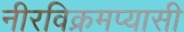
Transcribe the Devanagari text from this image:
नीरविक्रमप्यासी